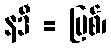
နဒီ = မြစ်၊